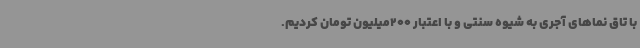
با تاق نماهای آجری به شیوه سنتی و با اعتبار 200میلیون تومان کردیم.